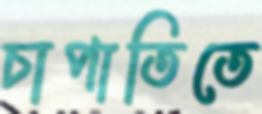
চাপাতিতে